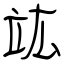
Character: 竑